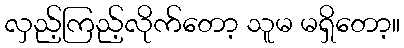
လှည့်ကြည့်လိုက်တော့ သူမ မရှိတော့။